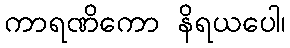
ကာရဏိကော နိရယပေါ၊